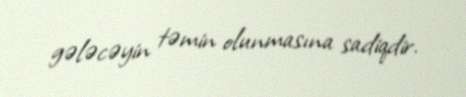
gələcəyin təmin olunmasına sadiqdir.